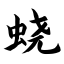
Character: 蛲